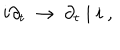
i \partial _ { t } ~ \rightarrow ~ \partial _ { t } \mid i ~ ,